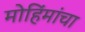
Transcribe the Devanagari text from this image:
मोहिंमांचा